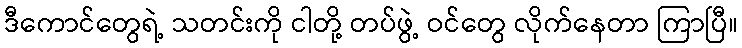
ဒီကောင်တွေရဲ့ သတင်းကို ငါတို့ တပ်ဖွဲ့ ဝင်တွေ လိုက်နေတာ ကြာပြီ။